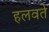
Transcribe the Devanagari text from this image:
हलवते